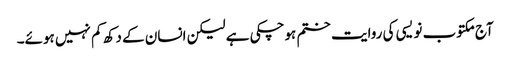
آج مکتوب نویسی کی روایت ختم ہوچکی ہے لیکن انسان کے دکھ کم نہیں ہوئے۔